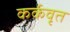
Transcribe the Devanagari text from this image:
कर्कवृत